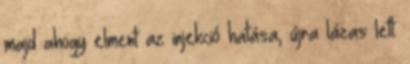
majd ahogy elment az injekció hatása, újra lázas lett.